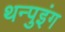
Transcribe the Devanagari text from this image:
थन्पुइंग